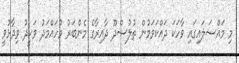
މި މައްސަލައިގައި ވާހަކަ ދައްކަވަމުން ތުލުސްދޫ ދާއިރާގެ މެންބަރު މުހައްމަދު ވަހީދު ވިދާޅުވީ